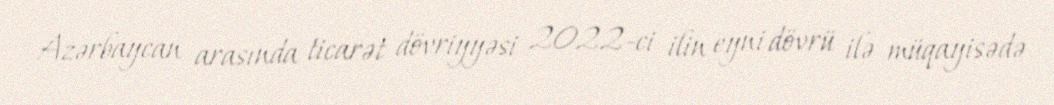
Azərbaycan arasında ticarət dövriyyəsi 2022-ci ilin eyni dövrü ilə müqayisədə